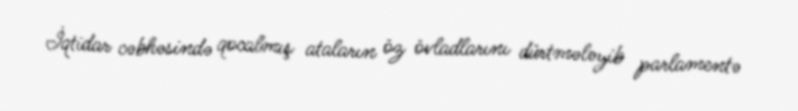
İqtidar cəbhəsində qocalmış ataların öz övladlarını dürtmələyib parlamentə